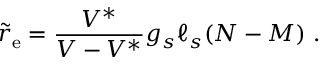
{ \tilde { r } } _ { \mathrm { e } } = { \frac { V ^ { * } } { V - V ^ { * } } } g _ { s } \ell _ { s } ( N - M ) \ .